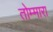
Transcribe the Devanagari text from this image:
तोम्मारा